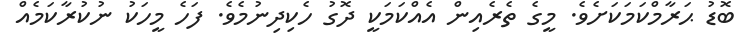
ބޮޑު ޙަރާމްކަމަކަށެވެ. މީގެ ތެރެއިން އެއްކަމަކީ ދޮގު ހެކިދިނުމެވެ. ފަހެ މީހަކު ނުކުރާކަމެއް